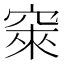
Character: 𱷅